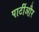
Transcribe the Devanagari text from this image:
पार्टीऔर